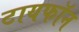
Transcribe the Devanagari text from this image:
टायफॉन